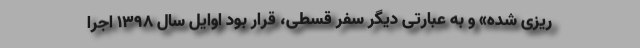
ریزی شده» و به عبارتی دیگر سفر قسطی، قرار بود اوایل سال ۱۳۹۸ اجرا